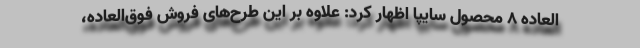
العاده ۸ محصول سایپا اظهار کرد: علاوه بر این طرح‌های فروش فوق‌العاده،